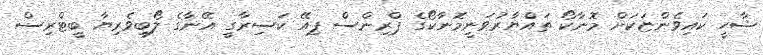
ޝާހީ ކައިވެންޏަކަށް މޮނާކޯ ތައްޔާރުވަނީމޮނާކޯގެ ޕްރިންސް ޕިއޭ ކަސިރާގީ އޭނާގެ ލޯބިވެރިޔާ ބީޓްރިސް